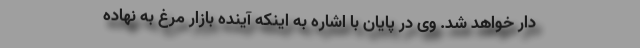
دار خواهد شد. وی در پایان با اشاره به اینکه آینده بازار مرغ به نهاده